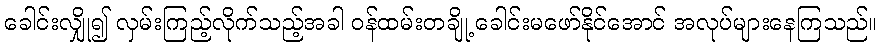
ခေါင်းလျှို၍ လှမ်းကြည့်လိုက်သည့်အခါ ဝန်ထမ်းတချို့ ခေါင်းမဖော်နိုင်အောင် အလုပ်များနေကြသည်။